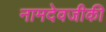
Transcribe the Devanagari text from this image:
नामदेवजीकी